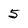
Character: 5